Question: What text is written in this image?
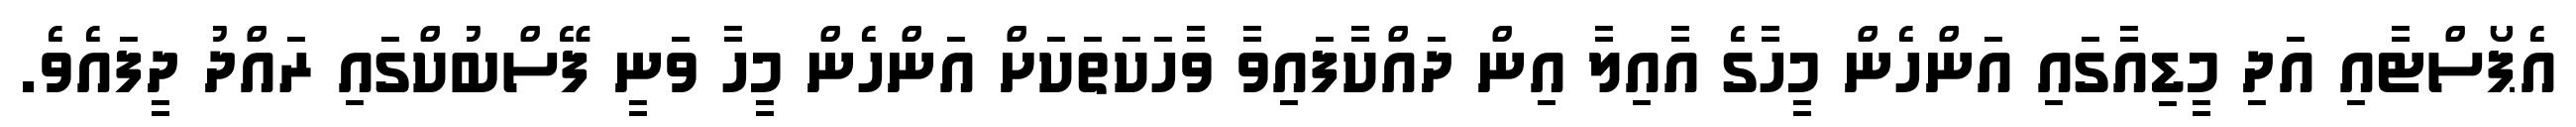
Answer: އެޕޯސްޓާއި އަދި މީޑިއާގައި އަންހެން މީހާގެ އާއިލާ އިން ދައްކާފައިވާ ވާހަކަތަކަށް އަންހެން މީހާ ވަނީ ފޭސްބުކްގައި ރައްދު ދީފައެވެ.